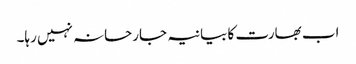
اب بھارت کا بیانیہ جارحانہ نہیں رہا۔